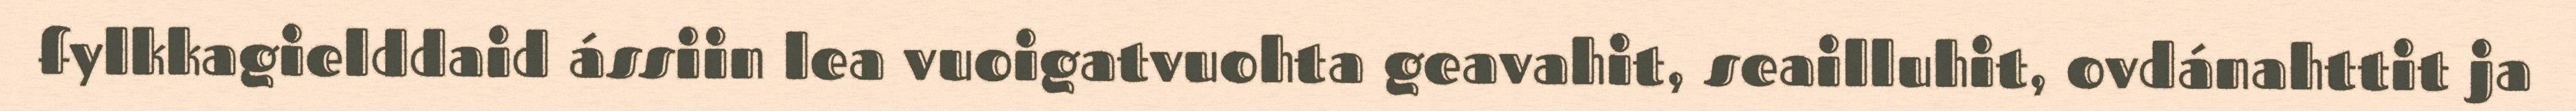
fylkkagielddaid ássiin lea vuoigatvuohta geavahit, seailluhit, ovdánahttit ja